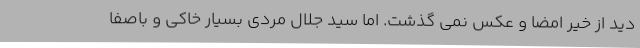
دید از خیر امضا و عکس نمی گذشت. اما سید جلال مردی بسیار خاکی و باصفا